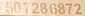
507286872